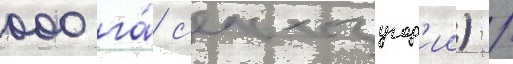
000 га́ с'ельхозугод'ии) /